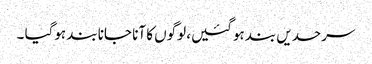
سرحدیں بند ہوگئیں، لوگوں کا آنا جانا بند ہوگیا ۔